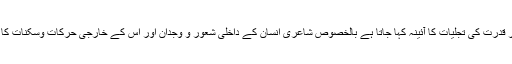
شعر و ادب کو فطرت اور قدرت کی تجلیات کا آئینہ کہا جاتا ہے بالخصوص شاعری انسان کے داخلی شعور و وجدان اور اس کے خارجی حرکات وسکنات کا عکاس تسلیم کیا جاتا ہے۔